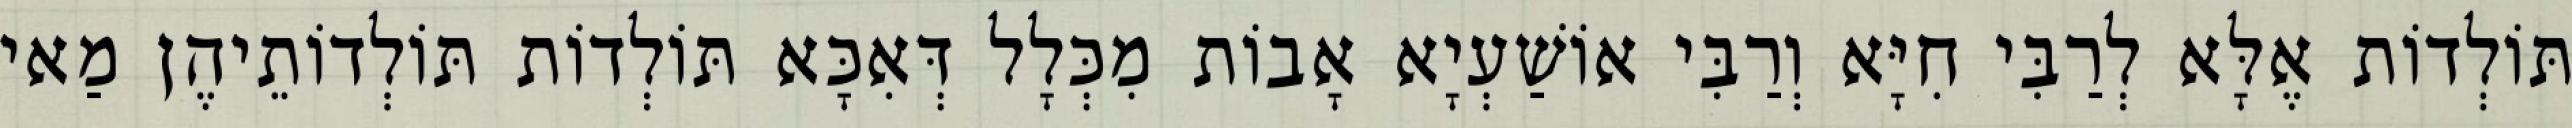
תּוֹלְדוֹת אֶלָּא לְרַבִּי חִיָּא וְרַבִּי אוֹשַׁעְיָא אָבוֹת מִכְּלָל דְּאִכָּא תּוֹלְדוֹת תּוֹלְדוֹתֵיהֶן מַאי